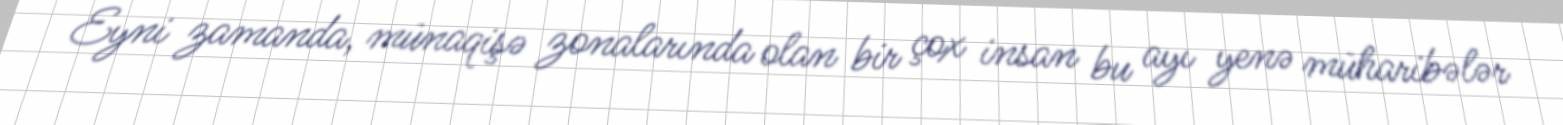
Eyni zamanda, münaqişə zonalarında olan bir çox insan bu ayı yenə müharibələr